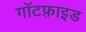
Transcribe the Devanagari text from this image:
गॉटफ़्राइड